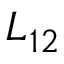
L _ { 1 2 }